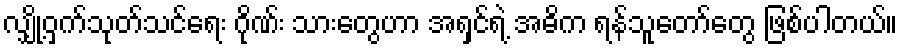
လျှို့ဝှက်သုတ်သင်ရေး ဂိုဏ်း သားတွေဟာ အရှင်ရဲ့ အဓိက ရန်သူတော်တွေ ဖြစ်ပါတယ်။